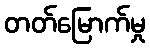
တတ်မြောက်မှု